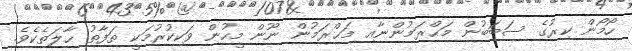
ހޯމޯން ކިރުގެ ސަބަބުން މަޙްރަމުންނާއި މަޙްރަމުން ނޫން މީހުން ވަކިކުރުމަކީ ތަފާތު ޙާލަތެކެވެ.